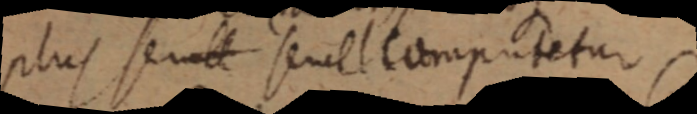
plus semel semel computetur